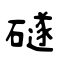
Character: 礈